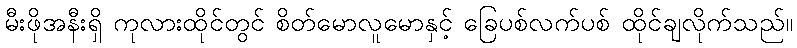
မီးဖိုအနီးရှိ ကုလားထိုင်တွင် စိတ်မောလူမောနှင့် ခြေပစ်လက်ပစ် ထိုင်ချလိုက်သည်။